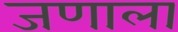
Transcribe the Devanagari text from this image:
जणाला